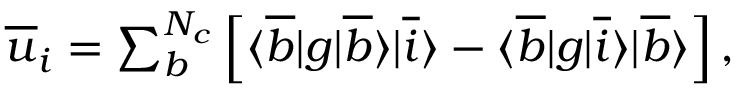
\begin{array} { r } { \overline { { u } } _ { i } = \sum _ { b } ^ { N _ { c } } \left[ \langle \overline { { b } } | g | \overline { { b } } \rangle | \overline { { i } } \rangle - \langle \overline { { b } } | g | \overline { { i } } \rangle | \overline { { b } } \rangle \right] , } \end{array}